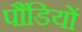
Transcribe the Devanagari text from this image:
पौंडियों